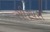
સીરપસ